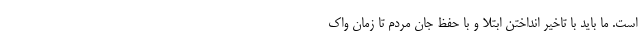
است. ما باید با تاخیر انداختن ابتلا و با حفظ جان مردم تا زمان واک